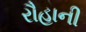
રૌહાની